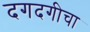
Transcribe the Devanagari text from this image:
दगदगीचा